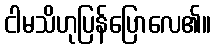
ငါမသိဟုပြန်ပြောလေ၏။